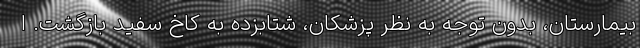
بیمارستان، بدون توجه به نظر پزشکان، شتابزده به کاخ سفید بازگشت. ا